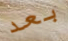
بعد